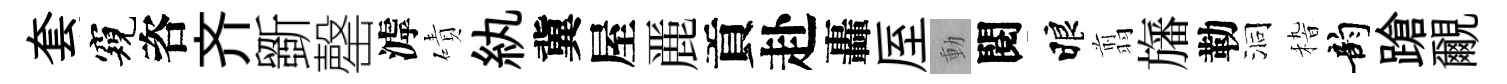
套窺咨齐斵罄滹磧紈冀屋䴡貢赴轟厔動閱睱翦旛勒洞𥟵韵蹌覼